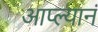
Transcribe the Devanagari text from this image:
आप्ल्यानं